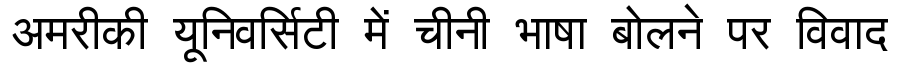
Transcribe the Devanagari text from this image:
अमरीकी यूनिवर्सिटी में चीनी भाषा बोलने पर विवाद